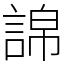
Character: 䛲